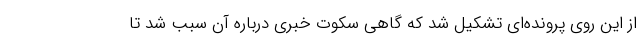
از این روی پرونده‌ای تشکیل شد که گاهی سکوت خبری درباره آن سبب شد تا